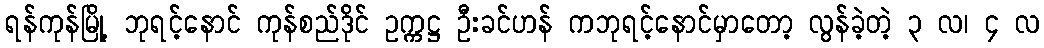
ရန်ကုန်မြို့ ဘုရင့်နောင် ကုန်စည်ဒိုင် ဥက္ကဋ္ဌ ဦးခင်ဟန် ကဘုရင့်နောင်မှာတော့ လွန်ခဲ့တဲ့ ၃ လ၊ ၄ လ